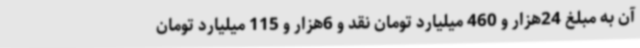
آن به مبلغ 24هزار و 460 میلیارد تومان نقد و 6هزار و 115 میلیارد تومان